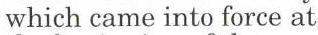
which came into force at